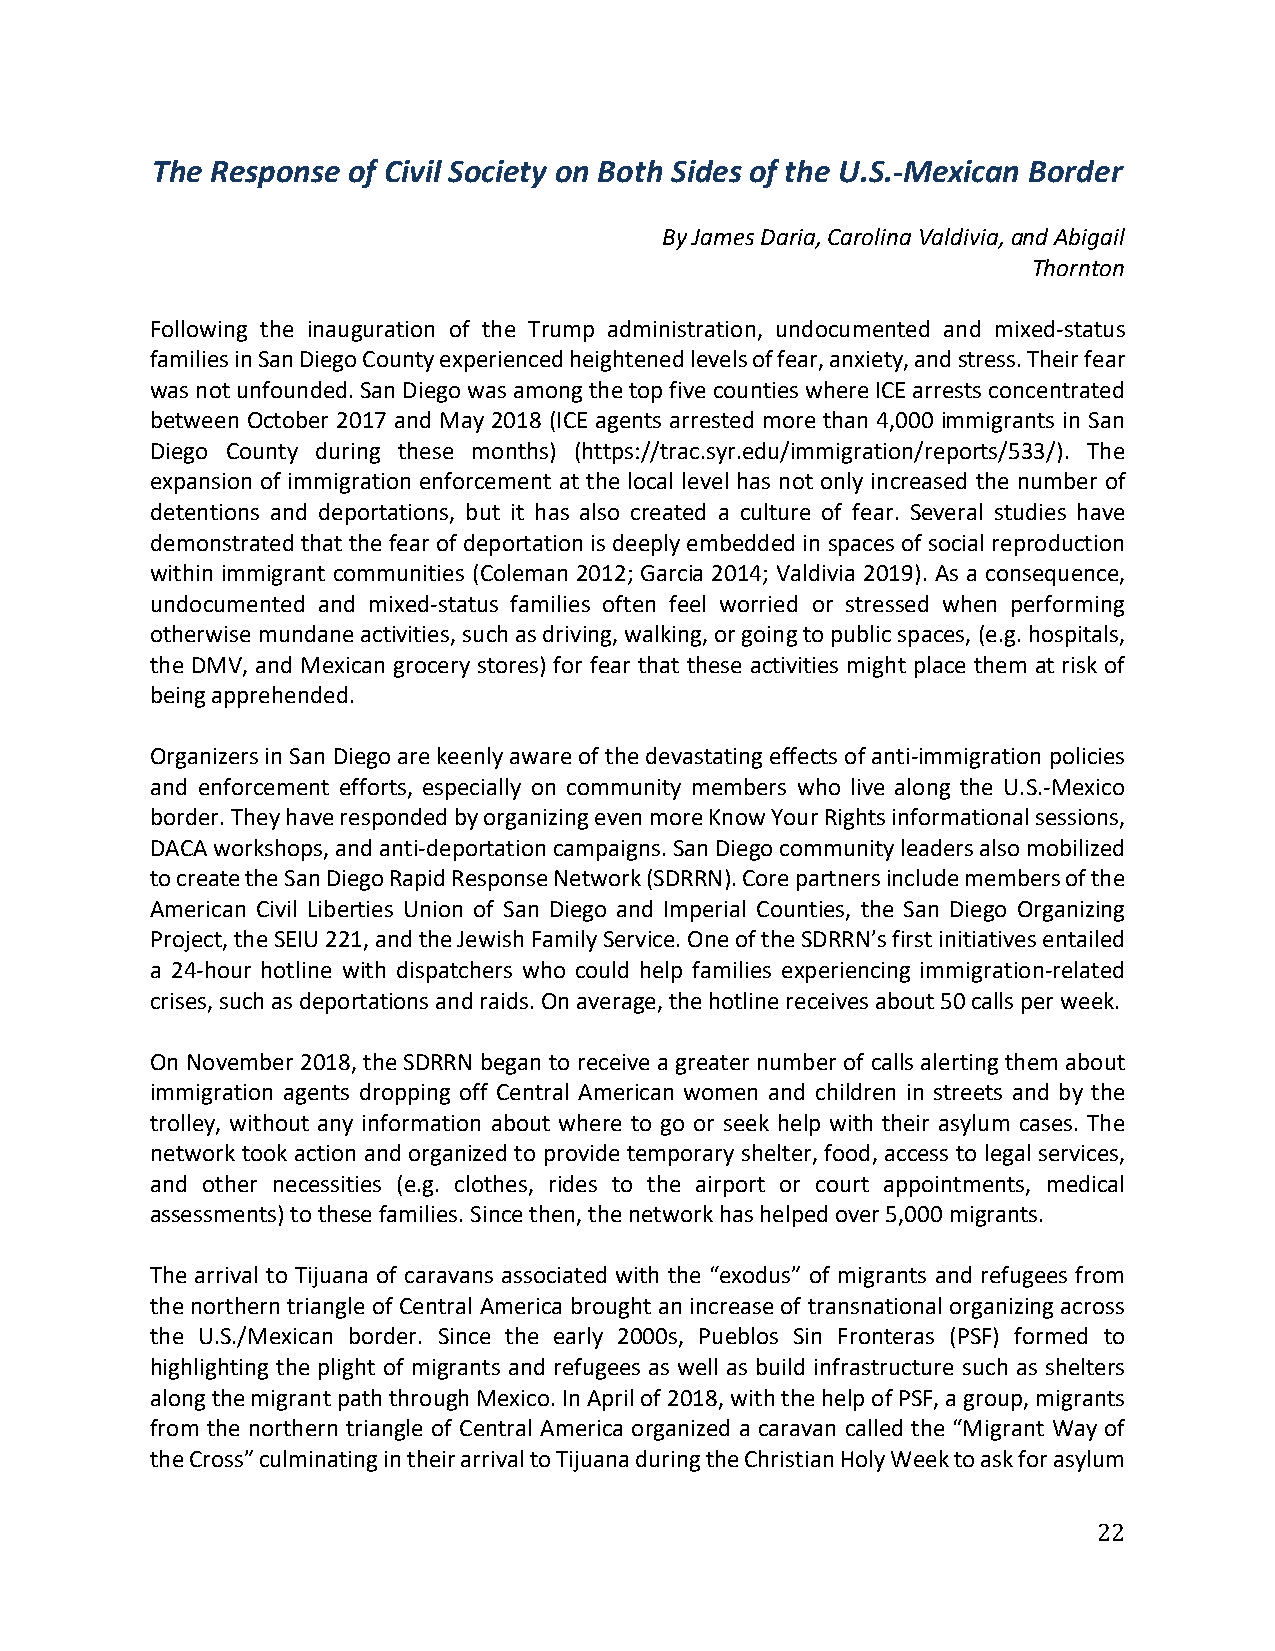
The Response of Civil Society on Both Sides of the U.S.-Mexican Border
 By James Daria, Carolina Valdivia, and Abigail
 Thornton
 Following the inauguration of the Trump administration, undocumented and mixed-status
 families in San Diego County experienced heightened levels of fear, anxiety, and stress. Their fear
 was not unfounded. San Diego was among the top five counties where ICE arrests concentrated
 between October 2017 and May 2018 (ICE agents arrested more than 4,000 immigrants in San
 Diego County during these months) (https://trac.syr.edu/immigration/reports/533/). The
 expansion of immigration enforcement at the local level has not only increased the number of
 detentions and deportations, but it has also created a culture of fear. Several studies have
 demonstrated that the fear of deportation is deeply embedded in spaces of social reproduction
 within immigrant communities (Coleman 2012; Garcia 2014; Valdivia 2019). As a consequence,
 undocumented and mixed-status families often feel worried or stressed when performing
 otherwise mundane activities, such as driving, walking, or going to public spaces, (e.g. hospitals,
 the DMV, and Mexican grocery stores) for fear that these activities might place them at risk of
 being apprehended.
 Organizers in San Diego are keenly aware of the devastating effects of anti-immigration policies
 and enforcement efforts, especially on community members who live along the U.S.-Mexico
 border. They have responded by organizing even more Know Your Rights informational sessions,
 DACA workshops, and anti-deportation campaigns. San Diego community leaders also mobilized
 to create the San Diego Rapid Response Network (SDRRN). Core partners include members of the
 American Civil Liberties Union of San Diego and Imperial Counties, the San Diego Organizing
 Project, the SEIU 221, and the Jewish Family Service. One of the SDRRN’s first initiatives entailed
 a 24-hour hotline with dispatchers who could help families experiencing immigration-related
 crises, such as deportations and raids. On average, the hotline receives about 50 calls per week.
 On November 2018, the SDRRN began to receive a greater number of calls alerting them about
 immigration agents dropping off Central American women and children in streets and by the
 trolley, without any information about where to go or seek help with their asylum cases. The
 network took action and organized to provide temporary shelter, food, access to legal services,
 and other necessities (e.g. clothes, rides to the airport or court appointments, medical
 assessments) to these families. Since then, the network has helped over 5,000 migrants.
 The arrival to Tijuana of caravans associated with the “exodus” of migrants and refugees from
 the northern triangle of Central America brought an increase of transnational organizing across
 the U.S./Mexican border. Since the early 2000s, Pueblos Sin Fronteras (PSF) formed to
 highlighting the plight of migrants and refugees as well as build infrastructure such as shelters
 along the migrant path through Mexico. In April of 2018, with the help of PSF, a group, migrants
 from the northern triangle of Central America organized a caravan called the “Migrant Way of
 the Cross” culminating in their arrival to Tijuana during the Christian Holy Week to ask for asylum
 22